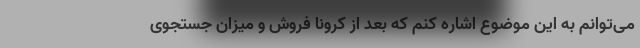
می‌توانم به این موضوع اشاره کنم که بعد از کرونا فروش و میزان جستجوی